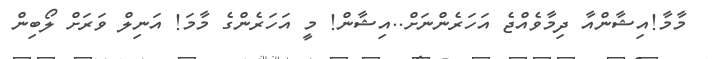
މާމާ!އިޝާންއާ ދިމާވެއްޖެ އަހަރެންނަށް..އިޝާން! މީ އަހަރެންގެ މާމަ! އަނިލް ވަރަށް ލޯބިން